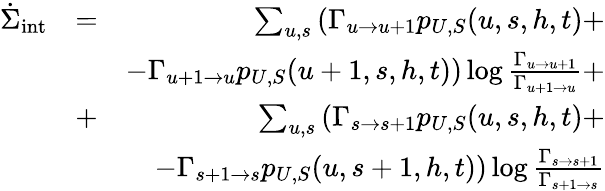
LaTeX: \begin{array}{rlr}{\dot{\Sigma}_{\mathrm{int}}}&{=}&{\sum_{u,s}\left(\Gamma_{u\to u+1}p_{U,S}(u,s,h,t)+\right.}\\ &{~}&{\left.-\Gamma_{u+1\to u}p_{U,S}(u+1,s,h,t)\right)\log\frac{\Gamma_{u\to u+1}}{\Gamma_{u+1\to u}}+}\\ &{+}&{\sum_{u,s}\left(\Gamma_{s\to s+1}p_{U,S}(u,s,h,t)+\right.}\\ &{~}&{\left.-\Gamma_{s+1\to s}p_{U,S}(u,s+1,h,t)\right)\log\frac{\Gamma_{s\to s+1}}{\Gamma_{s+1\to s}}}\end{array}